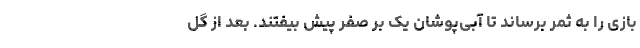
بازی را به ثمر برساند تا آبی‌پوشان یک بر صفر پیش بیفتند. بعد از گل